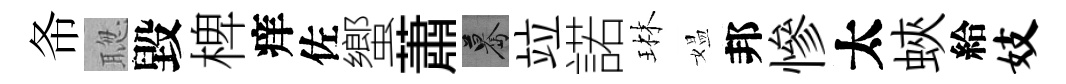
𢁙聦毀椑痒佐蠁蕭驀竝諾琳媪邦慘太蛺給妓